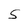
Character: S